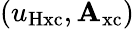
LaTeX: (u_{\mathrm{Hxc}},\mathbf{A}_{\mathrm{xc}})